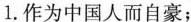
1.作为中国人而自豪；